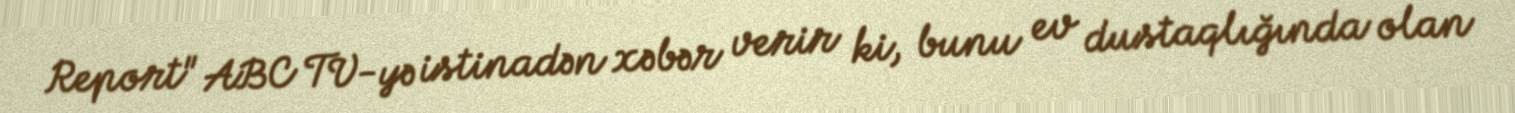
Report" ABC TV-yə istinadən xəbər verir ki, bunu ev dustaqlığında olan